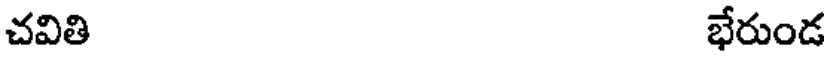
చవితి భేరుండ